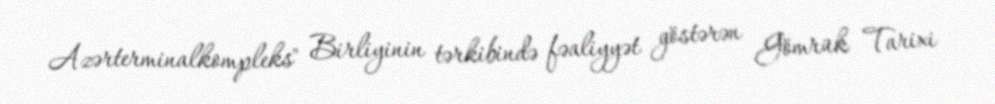
Azərterminalkompleks" Birliyinin tərkibində fəaliyyət göstərən Gömrük Tarixi